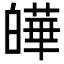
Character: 皣